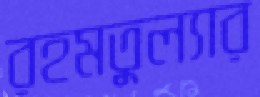
রহমতুল্যার